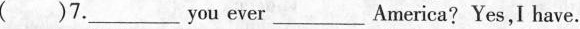
( )7.___you ever___America? Yes,I have.